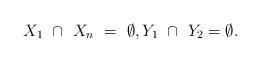
LaTeX: \begin{align*}X_1 \ \cap \ X_n \ = \ \emptyset, Y_1 \ \cap \ Y_2 = \emptyset.\end{align*}